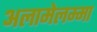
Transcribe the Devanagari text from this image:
अलामेलम्मा